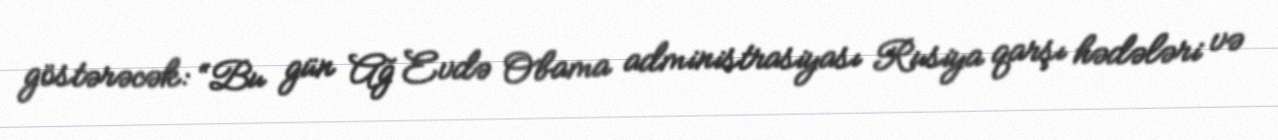
göstərəcək: “Bu gün Ağ Evdə Obama administrasiyası Rusiya qarşı hədələri və